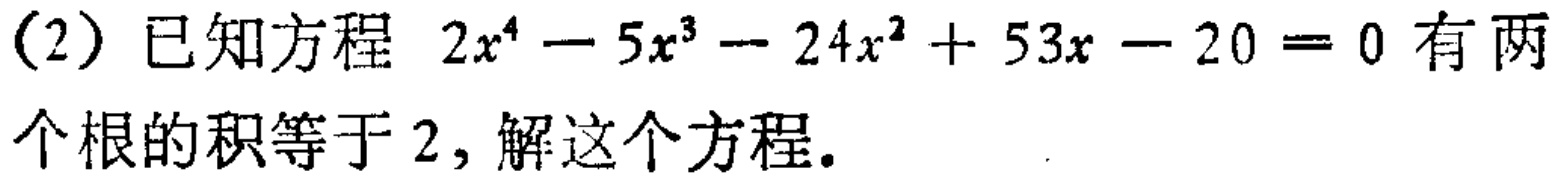
(2) 已知方程 \(2x^{4}-5x^{3}-24x^{2}+53x - 20 = 0\) 有两个根的积等于 \(2\)，解这个方程。